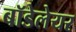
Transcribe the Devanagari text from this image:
बॉडेलेयर